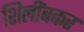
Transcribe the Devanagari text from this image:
शिलींबकर